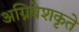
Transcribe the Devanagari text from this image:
अग्निवेशकृते